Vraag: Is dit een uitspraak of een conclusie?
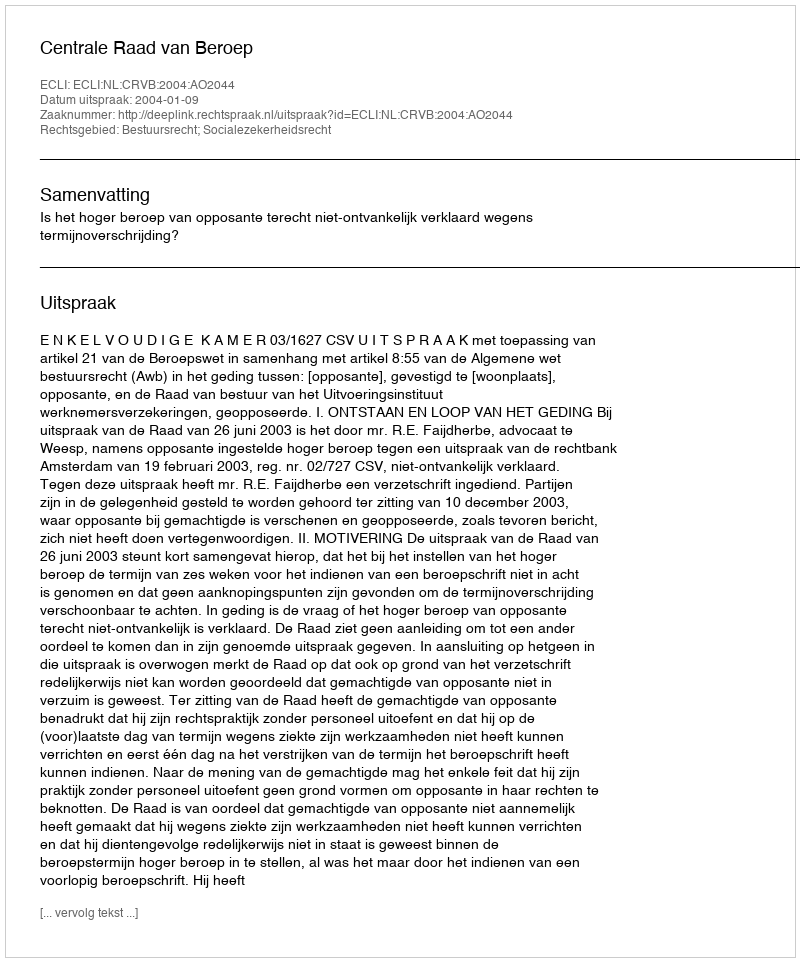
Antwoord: Uitspraak